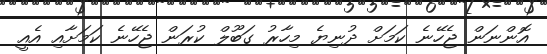
އޮންނަން ޖެހޭނެ ކަމަށް ދުނިޔެ މިހާރު ގަބޫލް ކުރަން ޖެހޭނެ ކަމަށާއި އެއީ